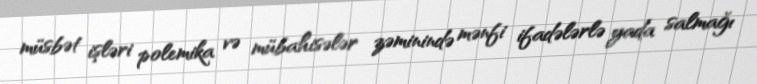
müsbət işləri polemika və mübahisələr zəminində mənfi ifadələrlə yada salmağı